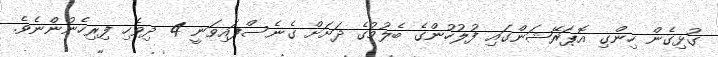
ގުޅިގެން ހިންގި އޮޕަރޭޝަންގައި ފުލުހުންގެ ބެލުމުގެ ދަށަށް ގެނެސްފައިވަނީ 4 ދިވެހި ފިރިހެނުންނެވެ.